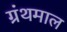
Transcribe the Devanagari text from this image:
ग्रंथमाल